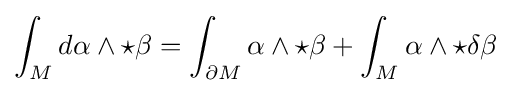
\int _{M}d\alpha \wedge \star \beta =\int _{\partial M}\alpha \wedge \star \beta +\int _{M}\alpha \wedge \star \delta \beta